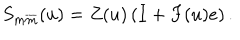
S _ { m \overline { { { m } } } } ( u ) = Z ( u ) \left( I + F ( u ) e \right) .